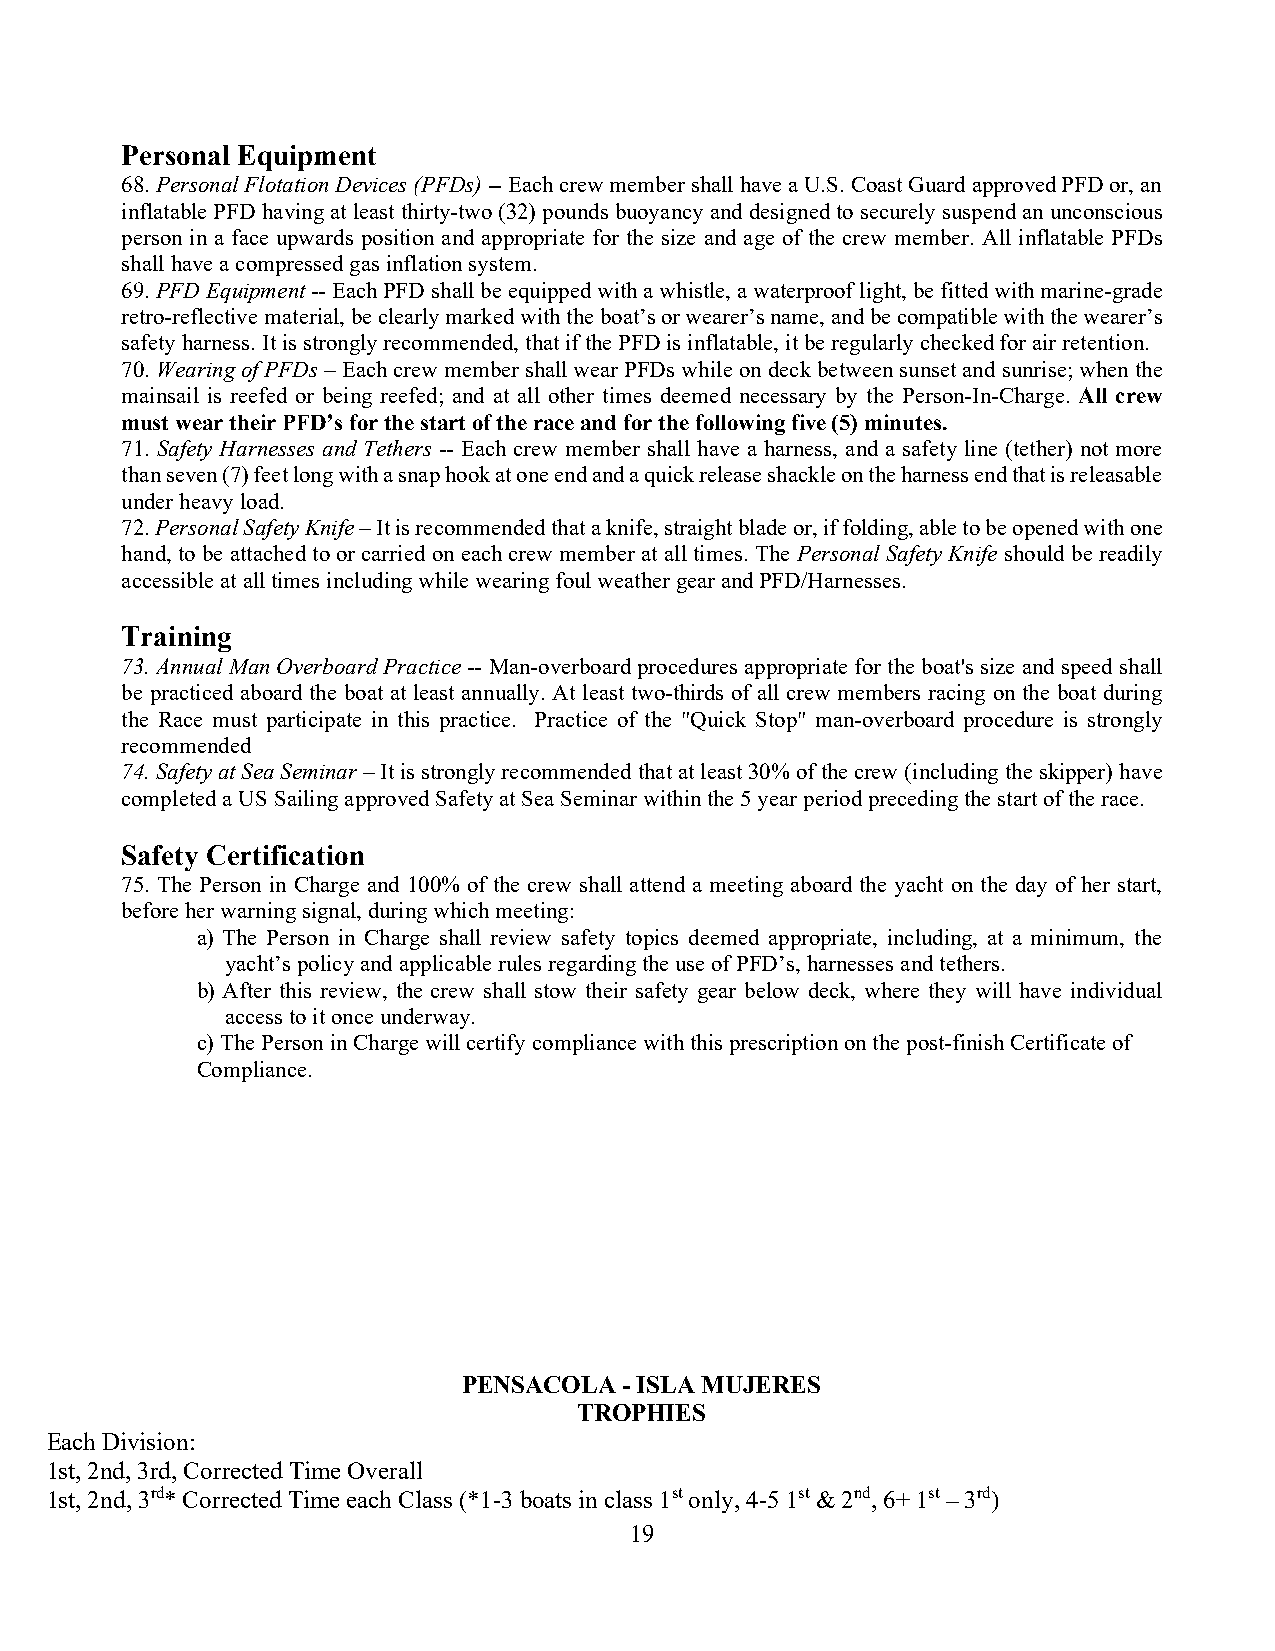
Personal Equipment
 68. Personal Flotation Devices (PFDs) -- Each crew member shall have a U.S. Coast Guard approved PFD or, an
 inflatable PFD having at least thirty-two (32) pounds buoyancy and designed to securely suspend an unconscious
 person in a face upwards position and appropriate for the size and age of the crew member. All inflatable PFDs
 shall have a compressed gas inflation system.
 69. PFD Equipment -- Each PFD shall be equipped with a whistle, a waterproof light, be fitted with marine-grade
 retro-reflective material, be clearly marked with the boat’s or wearer’s name, and be compatible with the wearer’s
 safety harness. It is strongly recommended, that if the PFD is inflatable, it be regularly checked for air retention.
 70. Wearing of PFDs – Each crew member shall wear PFDs while on deck between sunset and sunrise; when the
 mainsail is reefed or being reefed; and at all other times deemed necessary by the Person-In-Charge. All crew
 must wear their PFD’s for the start of the race and for the following five (5) minutes.
 71. Safety Harnesses and Tethers -- Each crew member shall have a harness, and a safety line (tether) not more
 than seven (7) feet long with a snap hook at one end and a quick release shackle on the harness end that is releasable
 under heavy load.
 72. Personal Safety Knife – It is recommended that a knife, straight blade or, if folding, able to be opened with one
 hand, to be attached to or carried on each crew member at all times. The Personal Safety Knife should be readily
 accessible at all times including while wearing foul weather gear and PFD/Harnesses.
 Training
 73. Annual Man Overboard Practice -- Man-overboard procedures appropriate for the boat's size and speed shall
 be practiced aboard the boat at least annually. At least two-thirds of all crew members racing on the boat during
 the Race must participate in this practice. Practice of the "Quick Stop" man-overboard procedure is strongly
 recommended
 74. Safety at Sea Seminar – It is strongly recommended that at least 30% of the crew (including the skipper) have
 completed a US Sailing approved Safety at Sea Seminar within the 5 year period preceding the start of the race.
 Safety Certification
 75. The Person in Charge and 100% of the crew shall attend a meeting aboard the yacht on the day of her start,
 before her warning signal, during which meeting:
 a) The Person in Charge shall review safety topics deemed appropriate, including, at a minimum, the
 yacht’s policy and applicable rules regarding the use of PFD’s, harnesses and tethers.
 b) After this review, the crew shall stow their safety gear below deck, where they will have individual
 access to it once underway.
 c) The Person in Charge will certify compliance with this prescription on the post-finish Certificate of
 Compliance.
 PENSACOLA - ISLA MUJERES
 TROPHIES
 Each Division:
 1st, 2nd, 3rd, Corrected Time Overall
 1st, 2nd, 3rd* Corrected Time each Class (*1-3 boats in class 1st only, 4-5 1st & 2nd, 6+ 1st – 3rd)
 19